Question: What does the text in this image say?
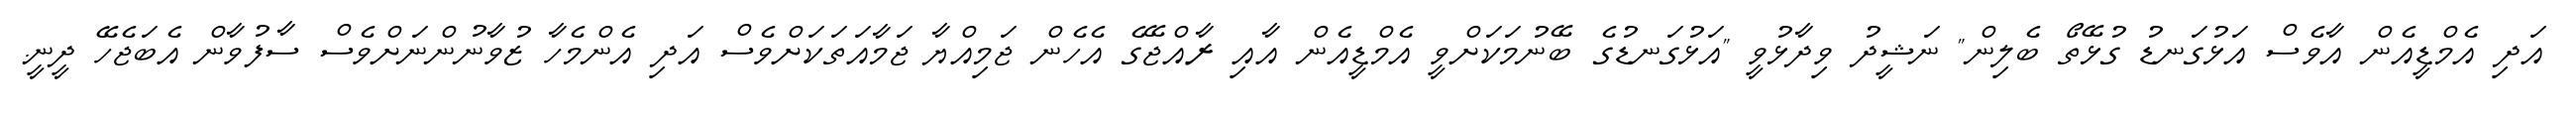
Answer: އަދި އެމްޑީއެން އާވެސް އަޅުގަނޑު ގުޅޭތޯ ބެލިން" ނަޝީދު ވިދާޅުވީ "އަޅުގަނޑުގެ ބޭނުމަކަށްވީ އެމްޑީއެން އާއި ރާއްޖޭގެ އެހެން ޖަމިއްޔާ ޖަމާއަތަކަށްވެސް އަދި އެންމެހާ ޒުވާނުންނަށްވެސް ސާފުވާން އެބަޖެހޭ ދީނީ.